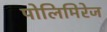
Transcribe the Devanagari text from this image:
पोलिमिरेज